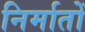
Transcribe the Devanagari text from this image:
निर्मातों